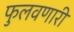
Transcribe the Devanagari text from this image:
फुलवणारी